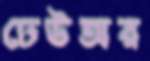
ঢেউঅর